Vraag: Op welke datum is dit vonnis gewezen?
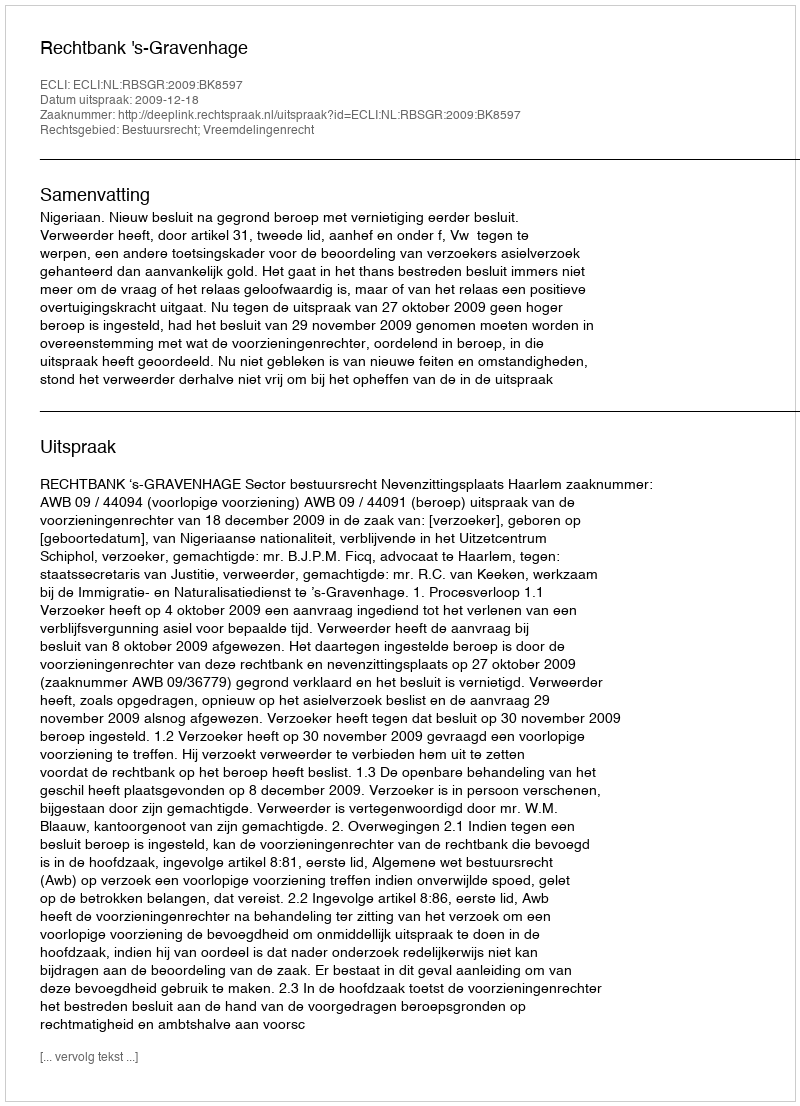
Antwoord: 2009-12-18